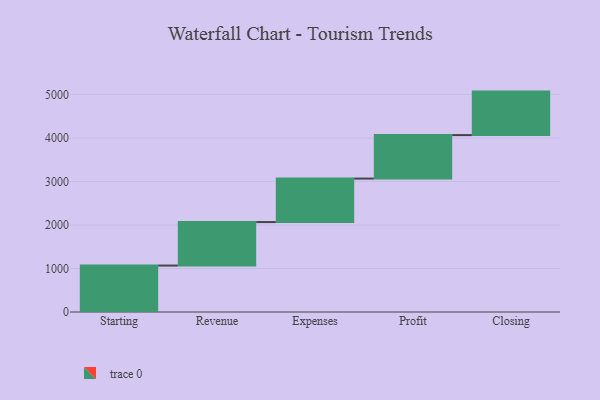
{"axis": {"x": "Step", "y": "Value"}, "legend": [""], "data": [{"x": "Starting", "y": 1068.0, "type": ""}, {"x": "Revenue", "y": 1000, "type": ""}, {"x": "Expenses", "y": 1000, "type": ""}, {"x": "Profit", "y": 1000, "type": ""}, {"x": "Closing", "y": 1000, "type": ""}]}